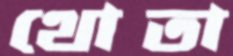
থোতা